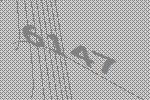
6147